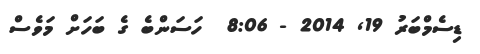
ޑިސެމްބަރު 19